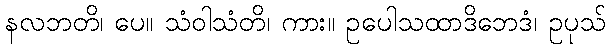
နလဘတိ၊ ပေ။ သံဝါသံတိ၊ ကား။ ဥပေါသထာဒိဘေဒံ၊ ဥပုသ်